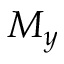
M _ { y }